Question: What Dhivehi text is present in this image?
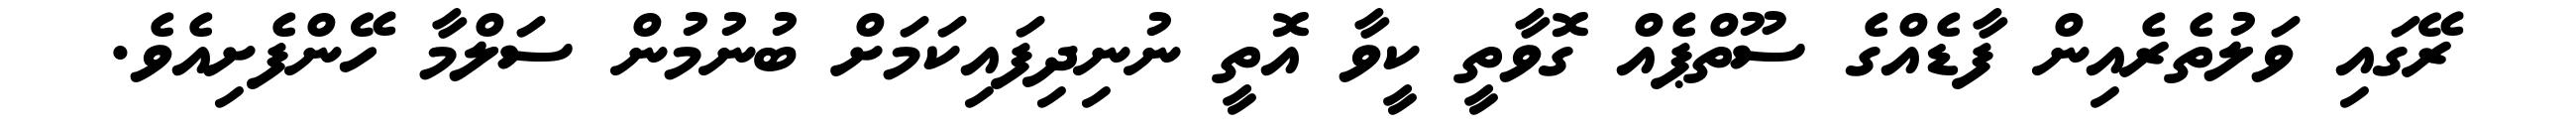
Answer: ރޭގައި ވަލުތެރެއިން ފާޑެއްގެ ސޫތްޕެއް ގޮވާތީ ކީވާ އޮތީ ނުނިދިފައިކަމަށް ބުނުމުން ސަލްމާ ހޭންފެށިއެވެ.